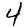
Digit: 4